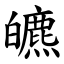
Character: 皫